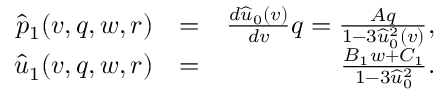
\begin{array} { r l r } { \widehat { p } _ { 1 } ( v , q , w , r ) } & { = } & { \frac { d \widehat { u } _ { 0 } ( v ) } { d v } q = \frac { A q } { 1 - 3 \widehat { u } _ { 0 } ^ { 2 } ( v ) } , } \\ { \widehat { u } _ { 1 } ( v , q , w , r ) } & { = } & { \frac { B _ { 1 } w + C _ { 1 } } { 1 - 3 \widehat { u } _ { 0 } ^ { 2 } } . } \end{array}